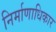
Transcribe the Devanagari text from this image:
निर्माणाधिकार